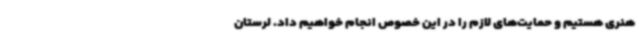
هنری هستیم و حمایت‌های لازم را در این خصوص انجام خواهیم داد. لرستان